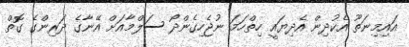
އައިމިނަތޫ އެކުދިން އެދިޔައީ ހިިތްހަމަ ނުޖެހިގެންދޯ ސަލްމާއަށް އޭނާގެ ދަރިންގެ ގޮތް